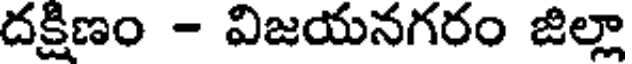
దక్షిణం - విజయనగరం జిల్లా